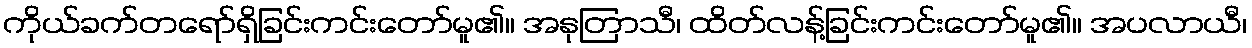
ကိုယ်ခက်တရော်ရှိခြင်းကင်းတော်မူ၏။ အနုတြာသီ၊ ထိတ်လန့်ခြင်းကင်းတော်မူ၏။ အပလာယီ၊